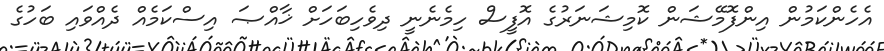
އެހެންކަމުން އިންފޮމޭޝަން ކޮމިޝަނަރުގެ އޮފީސް ހިމެނެނީ ދިވެހިބަހަށް ޚާއްޞަ އިސްކަމެއް ދެއްވައި ބަހުގެ